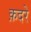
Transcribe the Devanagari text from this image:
क़दरे